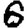
Digit: 6